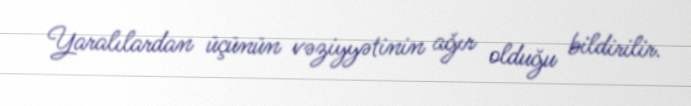
Yaralılardan üçünün vəziyyətinin ağır olduğu bildirilir.